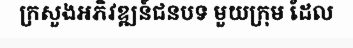
ក្រសួងអភិវឌ្ឍន៍ជនបទ មួយក្រុម ដែល